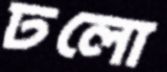
ঢলো